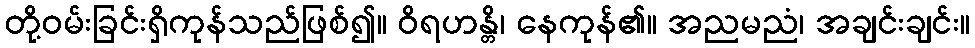
တို့ဝမ်းခြင်းရှိကုန်သည်ဖြစ်၍။ ဝိရဟန္တိ၊ နေကုန်၏။ အညမညံ၊ အချင်းချင်း။